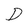
Character: D